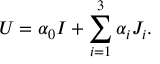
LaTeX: U = \alpha _ { 0 } I + \sum _ { i = 1 } ^ { 3 } \alpha _ { i } J _ { i } .